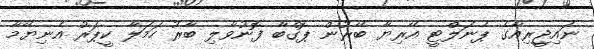
ނައިޖީރިއާގެ ޕެނަލްޓީ އޭރިޔާ ބޭރުން ޕޮގްބާ ފޮނުވާލި ބާރު ހަމަލާ ކީޕަރު އެނިޔޭމާ